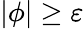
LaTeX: |\phi|\geq\varepsilon